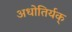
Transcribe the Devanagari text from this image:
अधोतिर्यक्‌